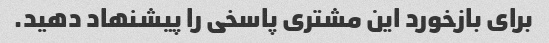
برای بازخورد این مشتری پاسخی را پیشنهاد دهید.